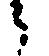
々